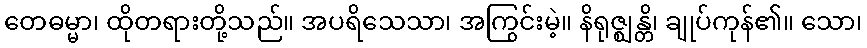
တေဓမ္မာ၊ ထိုတရားတို့သည်။ အပရိသေသာ၊ အကြွင်းမဲ့။ နိရုဇ္ဈန္တိ၊ ချုပ်ကုန်၏။ သော၊